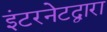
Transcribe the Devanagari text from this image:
इंटरनेटद्वारा